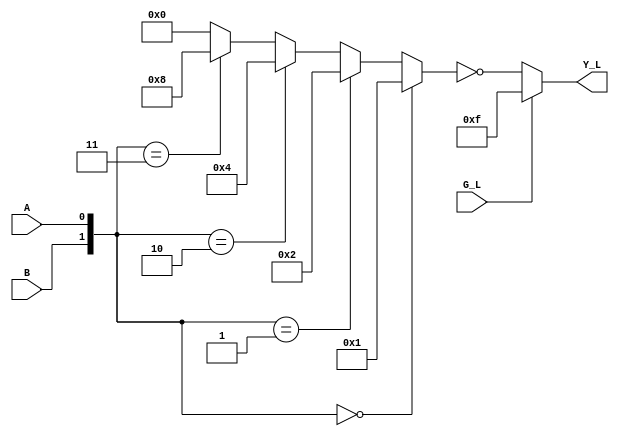
`timescale 1ns/ 1ns

module dataf_v74x139h(G_L, A, B, Y_L);
    input G_L, A, B;
    output [3:0] Y_L;
    wire G;
    wire [3:0] Y_i;
    wire [1:0] S;

    assign G = ~G_L;
    assign S = {B,A};

    assign Y_i = (S == 2'b00) ? 4'b0001 :
                 (S == 2'b01) ? 4'b0010 :
                 (S == 2'b10) ? 4'b0100 :
                 (S == 2'b11) ? 4'b1000 :
                               4'b0000;

    assign Y_L = (G==1) ? ~Y_i : 4'b1111;

    initial begin
        $dumpfile("dataf_v74x139h.vcd");
        $dumpvars (0, dataf_v74x139h) ; 
    end   
endmodule

// iverilog -o dataf_v74x139h tb_v74x139h2.v dataf_v74x139h.v
// vvp dataf_v74x139h -vcd
// open -a gtkwave dataf_v74x139h.vcd